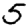
Digit: 5